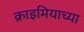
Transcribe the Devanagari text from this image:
क्राइमियाच्या